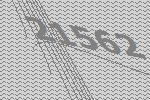
21562